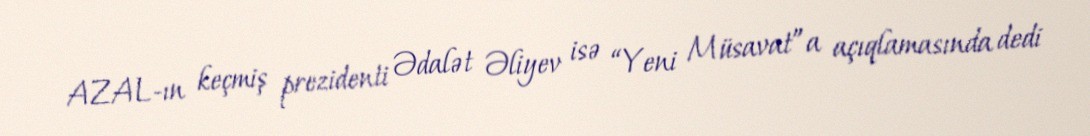
AZAL-ın keçmiş prezidenti Ədalət Əliyev isə “Yeni Müsavat”a açıqlamasında dedi